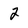
Character: 2